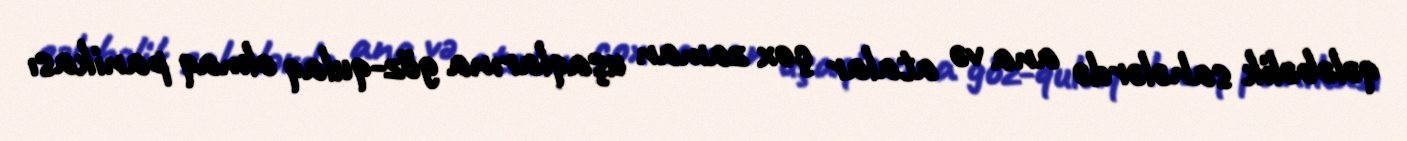
qələbəlik sahələrdə ana və atalar çox zaman uşaqlarına göz-qulaq olmaq panikası